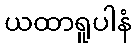
ယထာရူပါနံ